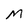
Character: M